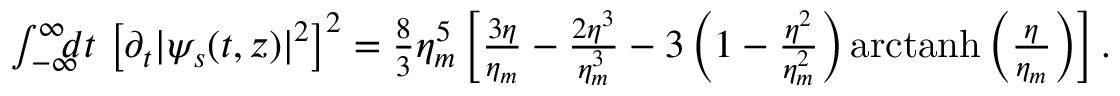
\begin{array} { r l r } & { } & { \! \! \! \! \! \! \! \! \! \! \! \! \! \! \! \! \! \! \! \! \int _ { - \infty } ^ { \infty } \! \! \! \! d t \, \left[ \partial _ { t } | \psi _ { s } ( t , z ) | ^ { 2 } \right] ^ { 2 } = \frac { 8 } { 3 } \eta _ { m } ^ { 5 } \left[ \frac { 3 \eta } { \eta _ { m } } - \frac { 2 \eta ^ { 3 } } { \eta _ { m } ^ { 3 } } - 3 \left( 1 - \frac { \eta ^ { 2 } } { \eta _ { m } ^ { 2 } } \right) \mathrm { a r c t a n h } \left( \frac { \eta } { \eta _ { m } } \right) \right] . } \end{array}